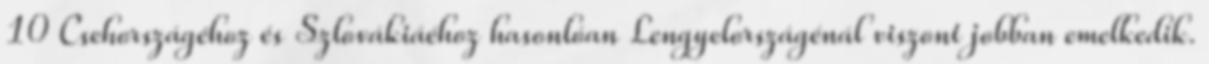
10 Csehországéhoz és Szlovákiáéhoz hasonlóan Lengyelországénál viszont jobban emelkedik.